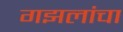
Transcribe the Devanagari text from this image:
गझलांचा